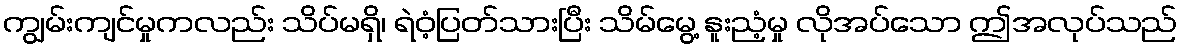
ကျွမ်းကျင်မှုကလည်း သိပ်မရှိ၊ ရဲဝံ့ပြတ်သားပြီး သိမ်မွေ့ နူးညံ့မှု လိုအပ်သော ဤအလုပ်သည်